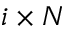
i \times N